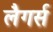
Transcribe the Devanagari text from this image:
लैगर्स